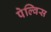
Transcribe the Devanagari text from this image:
पेल्विस